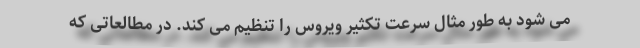
می شود به طور مثال سرعت تکثیر ویروس را تنظیم می کند. در مطالعاتی که